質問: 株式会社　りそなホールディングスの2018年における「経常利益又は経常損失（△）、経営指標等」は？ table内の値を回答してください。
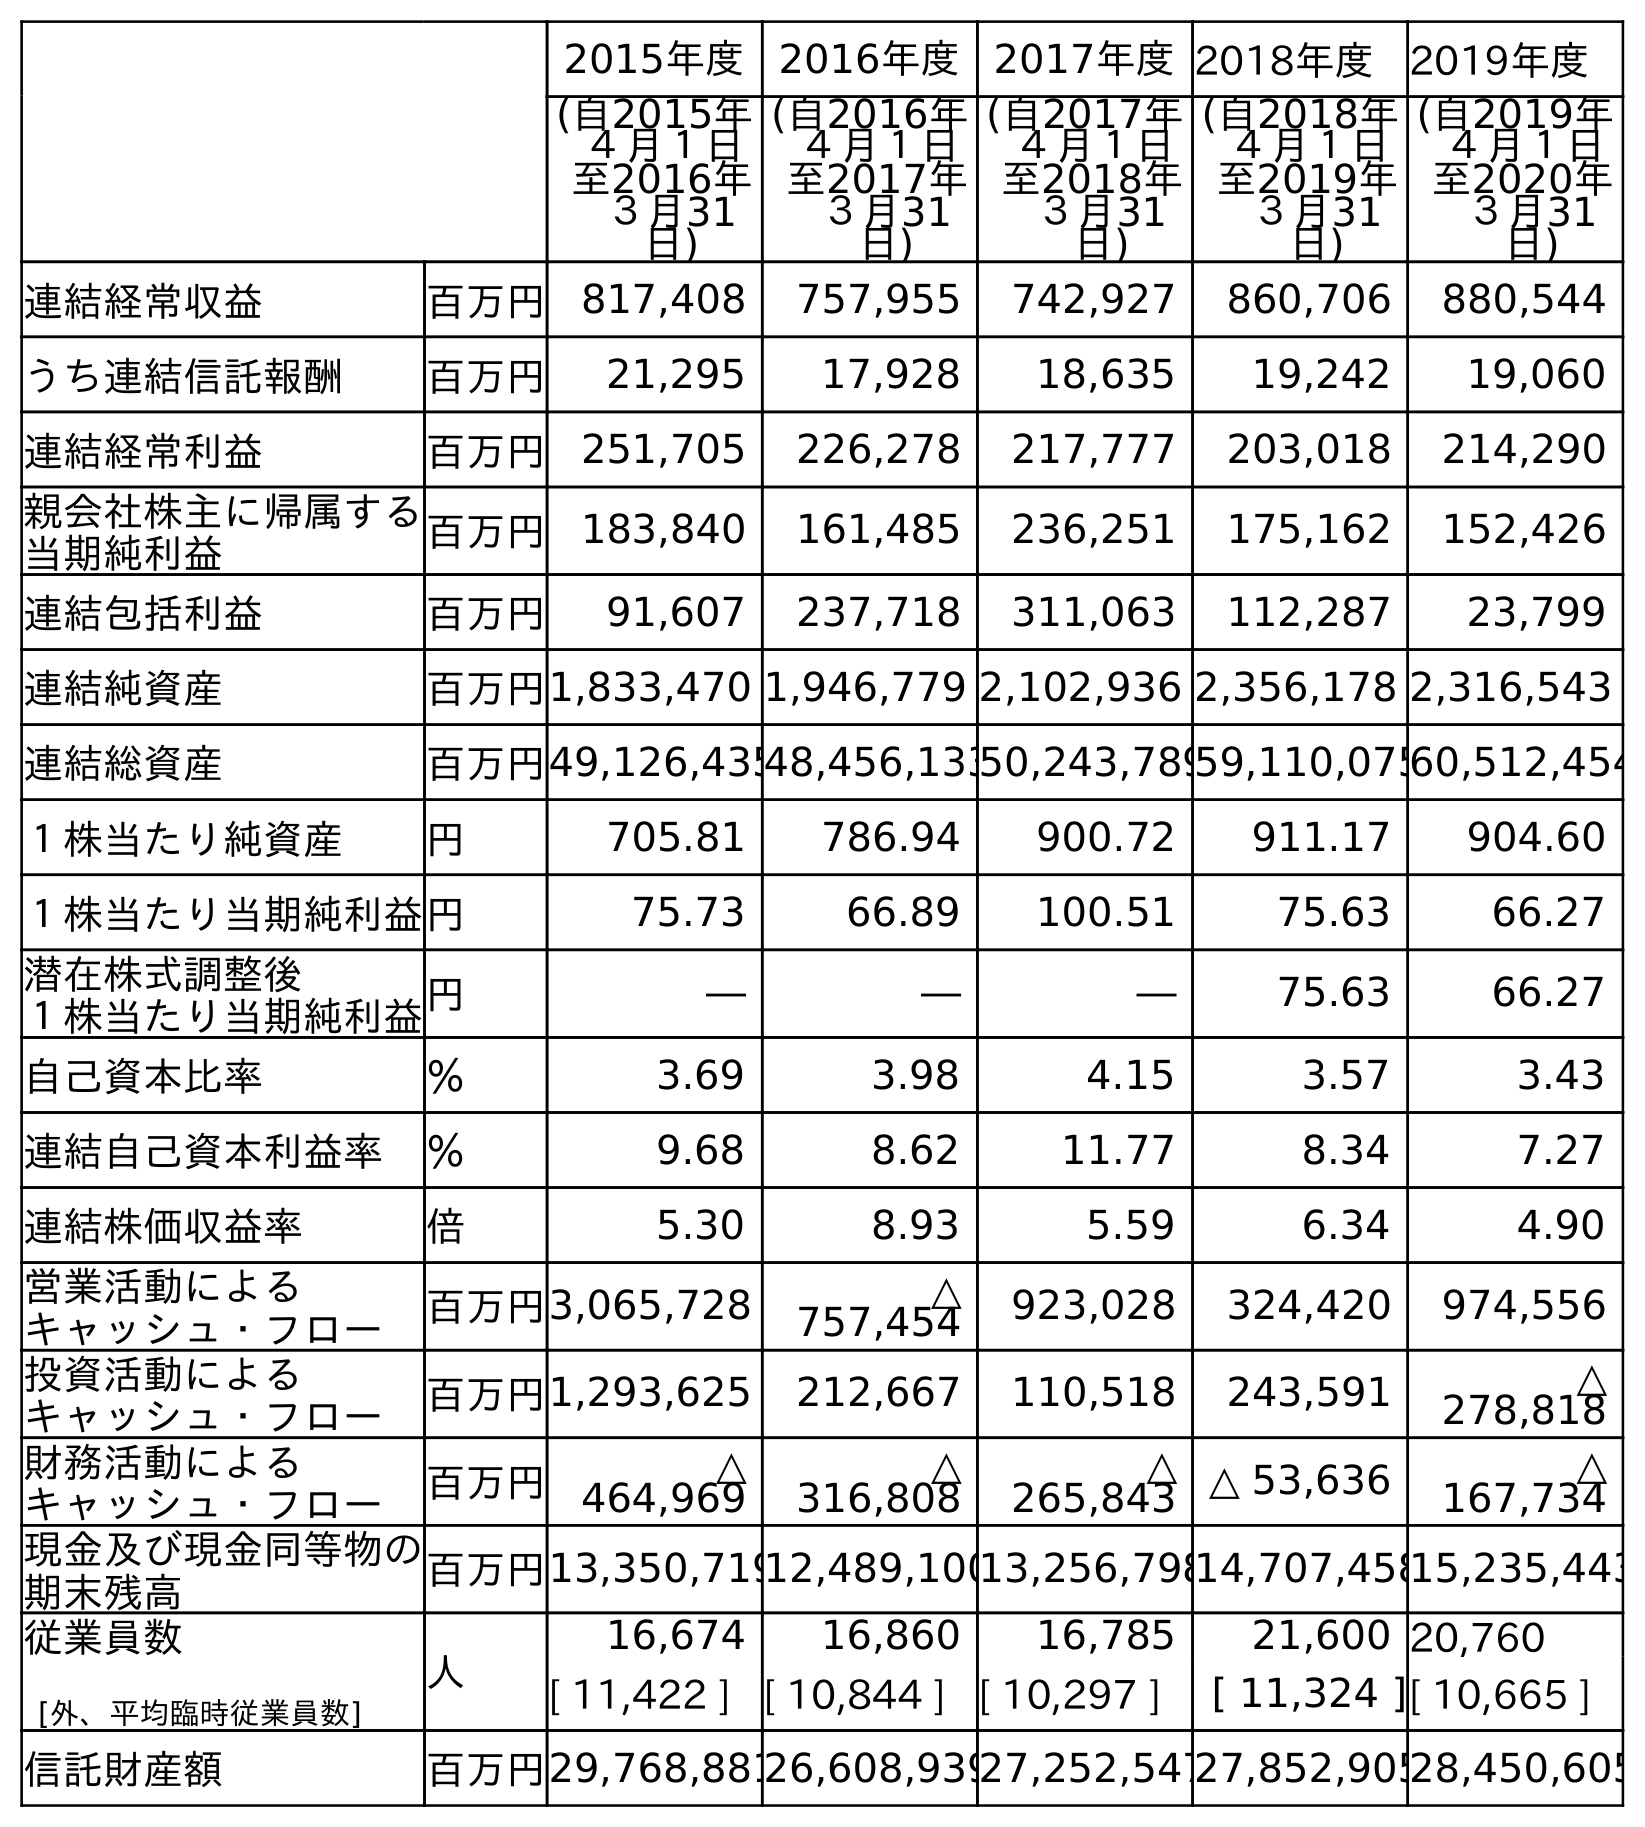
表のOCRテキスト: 2015年度 2016年度 2017年度2018年度 2019年度 (自2015年 ４月１日 至2016年 ３月31 日) (自2016年 ４月１日 至2017年 ３月31 日) (自2017年 ４月１日 至2018年 ３月31 日) (自2018年 ４月１日 至2019年 ３月31 日) (自2019年 ４月１日 至2020年 ３月31 日) 連結経常収益 百万円 817,408 757,955 742,927 860,706 880,544 うち連結信託報酬 百万円 21,295 17,928 18,635 19,242 19,060 連結経常利益 百万円 251,705 226,278 217,777 203,018 214,290 親会社株主に帰属する 当期純利益 百万円 183,840 161,485 236,251 175,162 152,426 連結包括利益 百万円 91,607 237,718 311,063 112,287 23,799 連結純資産 百万円1,833,470 1,946,779 2,102,936 2,356,178 2,316,543 連結総資産 百万円49,126,43548,456,13350,243,78959,110,07560,512,454 １株当たり純資産 円 705.81 786.94 900.72 911.17 904.60 １株当たり当期純利益円 75.73 66.89 100.51 75.63 66.27 潜在株式調整後 １株当たり当期純利益円 ― ― ― 75.63 66.27 自己資本比率 ％ 3.69 3.98 4.15 3.57 3.43 連結自己資本利益率 ％ 9.68 8.62 11.77 8.34 7.27 連結株価収益率 倍 5.30 8.93 5.59 6.34 4.90 営業活動による キャッシュ・フロー 百万円3,065,728 △ 757,454 923,028 324,420 974,556 投資活動による キャッシュ・フロー 百万円1,293,625 212,667 110,518 243,591 △ 278,818 財務活動による キャッシュ・フロー 百万円 △ 464,969 △ 316,808 △ 265,843 △ 53,636 △ 167,734 現金及び現金同等物の 期末残高 百万円13,350,71912,489,10013,256,79814,707,45815,235,443 従業員数 [外、平均臨時従業員数] 人 16,674 16,860 16,785 21,600 20,760 [ 11,422 ] [ 10,844 ] [ 10,297 ] [ 11,324 ][ 10,665 ] 信託財産額 百万円29,768,88126,608,93927,252,54727,852,90528,450,605
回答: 217,777